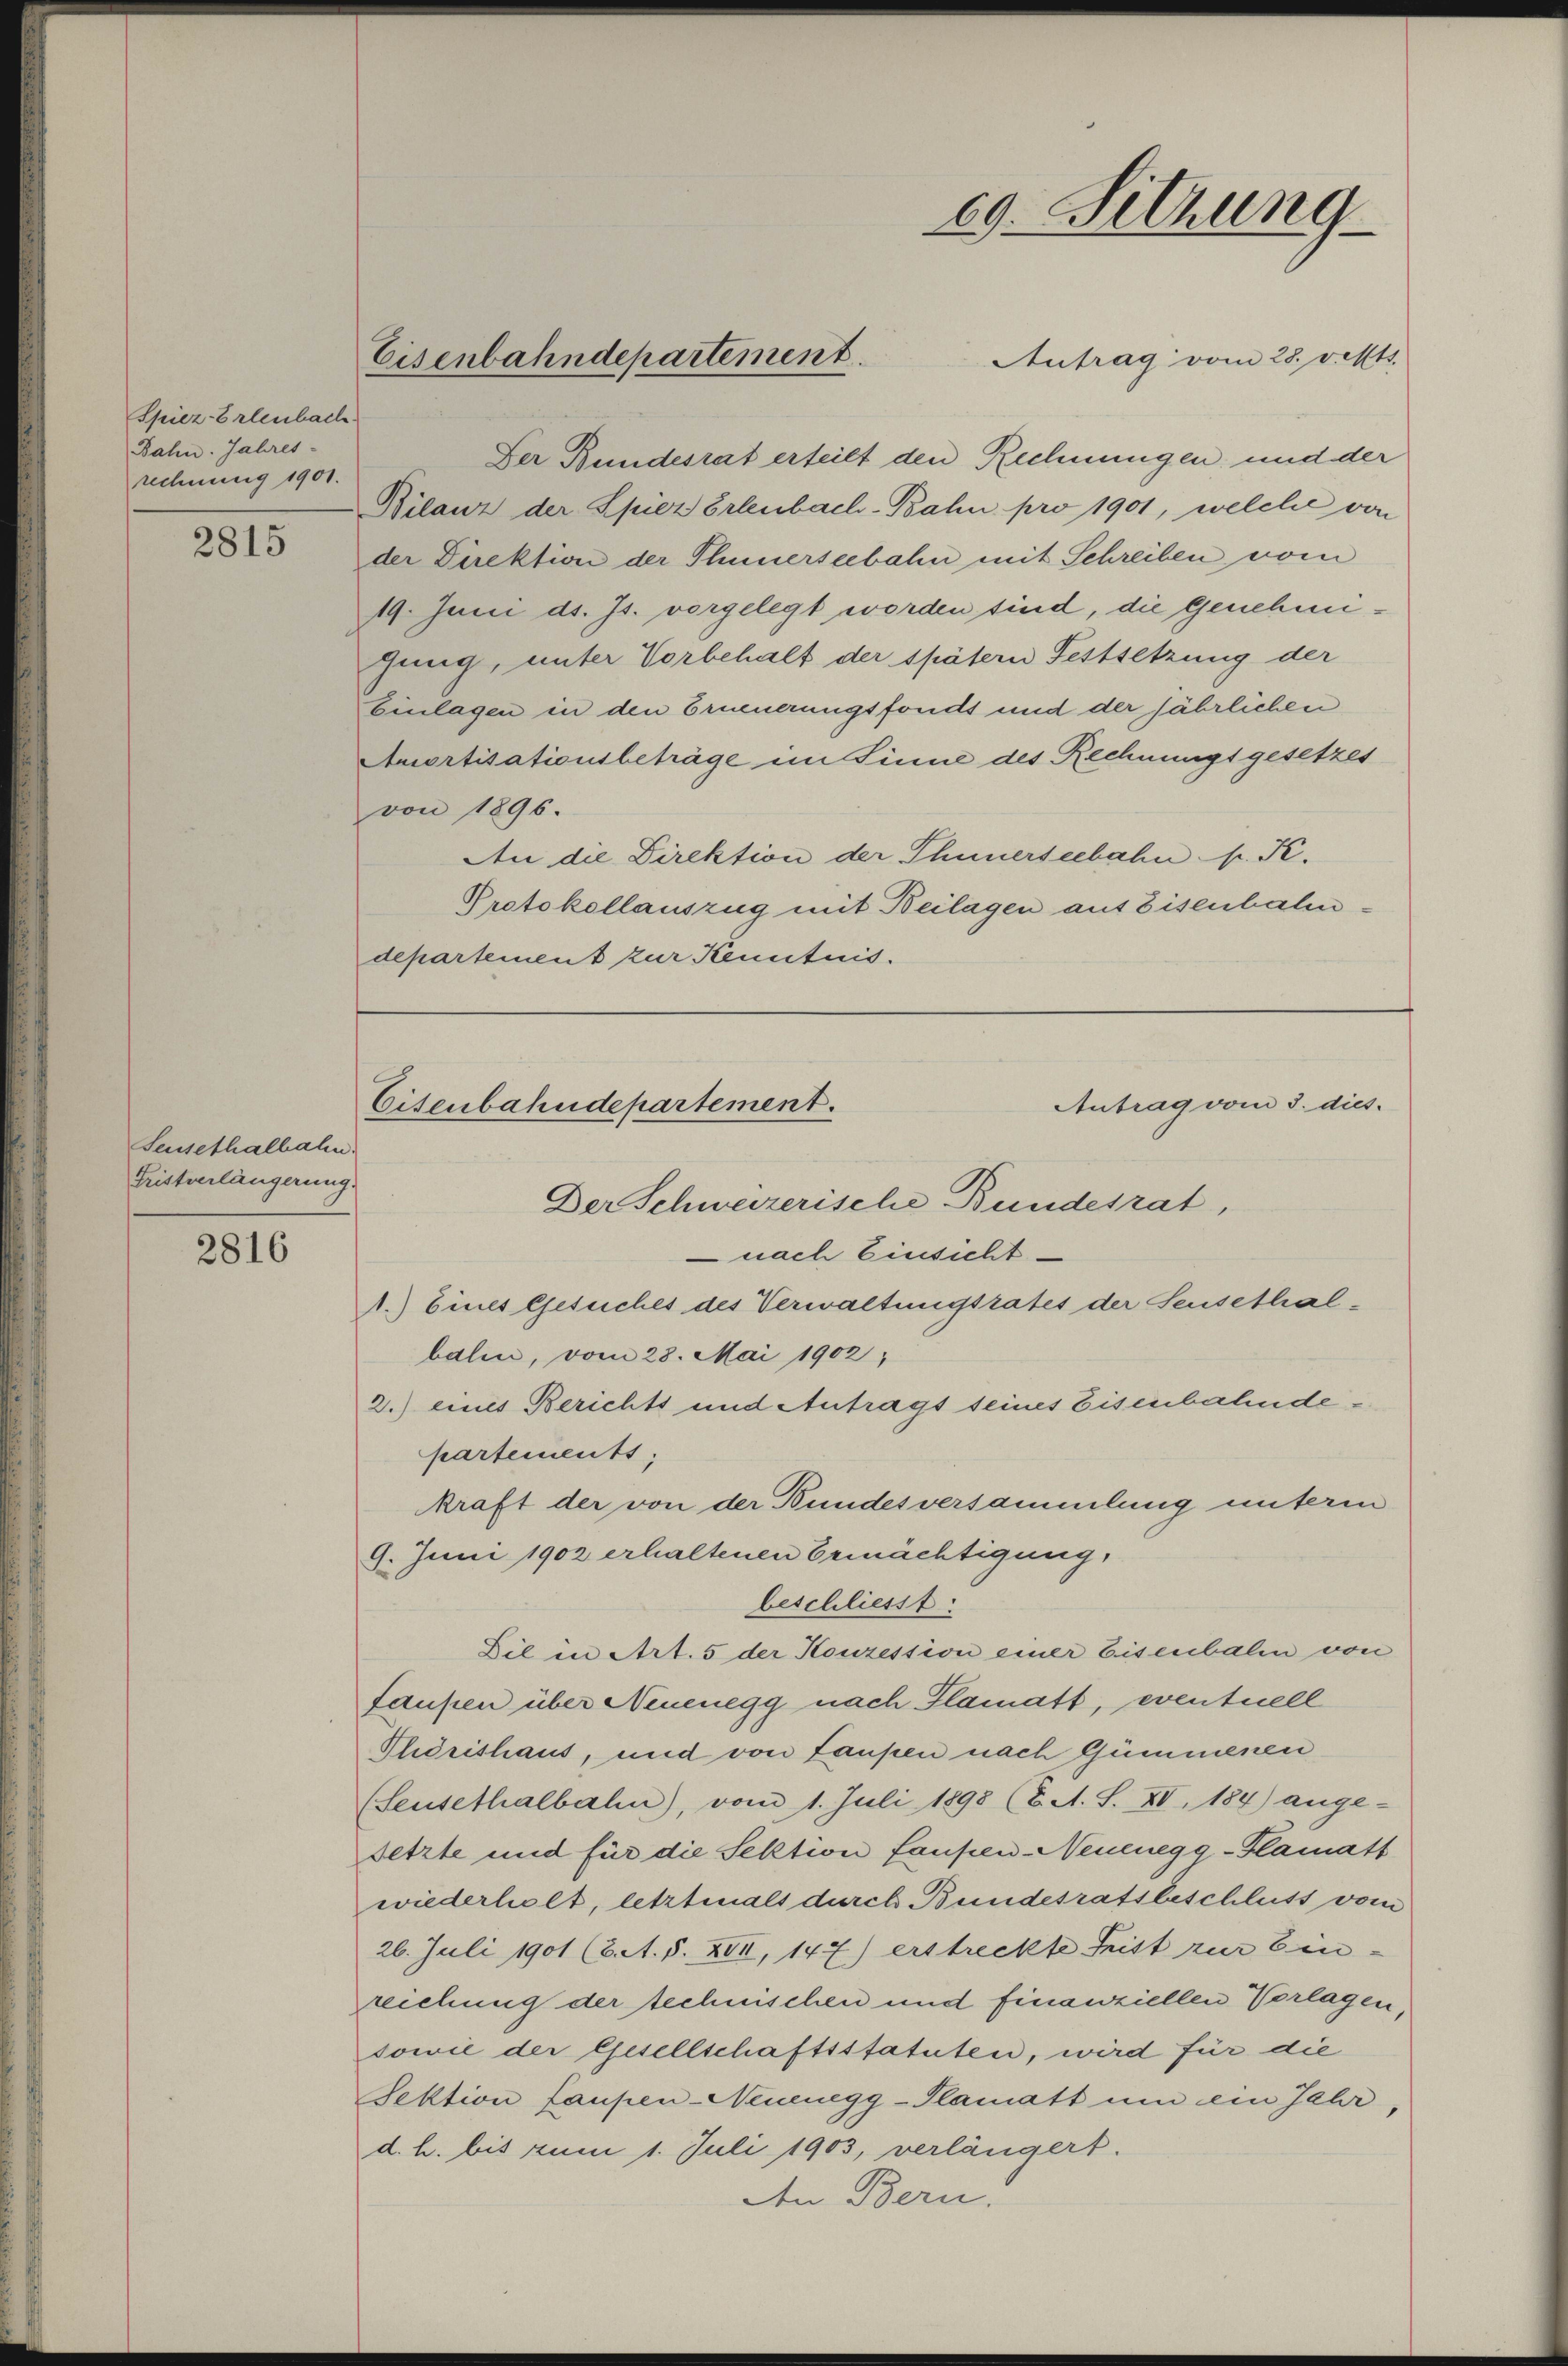
69. Sitzung

Eisenbahndepartement.

Antrag vom 28. Fett.
Der Bundesrat erteilt den Rechnungen und der
Bilanz der Spiez Erlenbach-Bahn pro 1901, welche von
der Direktion der Thunerseebahn mit Schreiben vom
19. Juni d. Js. vorgelegt worden sind, die Genehmijung, unter Vorbehalt der spätern Festsetzung der
Einlagen in den Erneuerungsfonds und der jährlichen
Amortisationsbeträge im Sinne des Rechnungsgesetzes
von 1896.
An die Direktion der Thunerseebahn s. S.
Protokollauszug mit Beilagen aus Eisenbahndepartement zur Kenntnis.

Spiez-Erlenbach
Bahn. Jahres-
rechnung 1901.

2815

Antrag vom 3. dies.
Eisenbahndepartement.
Der Schweizerische Bundesrat,
 nach Einsicht
1.) Eines Gesuches des Verwaltungsrates der Seusethal¬

Seusethalbahn.
Fristverlängerung.

balen, vom 28. Mai 1902,
2.) eines Berichts und Antrags seines Eisenbahndepartements;
9. Juni 1902 erhaltenen Ermächtigung,
beschliesst
Dil in Art. 5 der Konzession einer Eisenbalen von
faufen über Neuenegg nach Flamatt, eventuell
Phidrishaus, und von Laupen nach Gümmenen
(Sensethalbahn), vom 1. Juli 1898 (2. A. S. XV, 184) ange-
setzte und für die Sektion faupen - Neuenegg-Plamatt
wiederholt, letztmals durch Bundesratsbeschluss vom
26. Juli 1901 (2. A. S. XVII, 147) erstreckte Leist zur Ein-
reichung der technischen und finanziellen Vorlagen,
sowie der Gesellschaftsstatuten, wird für die
Sektion Laupen-Neunegg-Plamatt um ein Jahr,
d. h. bis zum 1. Juli 1903, verlängert.
Den Bern.

2816

kraft der von der Bundesversammlung unterm